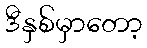
ဒီနှစ်မှာတော့